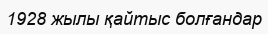
1928 жылы қайтыс болғандар